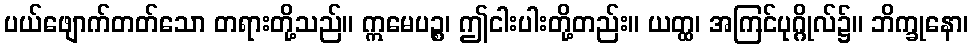
ပယ်ဖျောက်တတ်သော တရားတို့သည်။ ဣမေပဉ္စ၊ ဤငါးပါးတို့တည်း။ ယတ္ထ၊ အကြင်ပုဂ္ဂိုလ်၌။ ဘိက္ခုနော၊